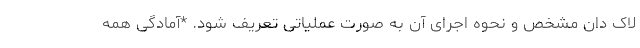
لاک دان مشخص و نحوه اجرای آن به صورت عملیاتی تعریف شود. *آمادگی همه